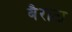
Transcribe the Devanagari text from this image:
बैराटा